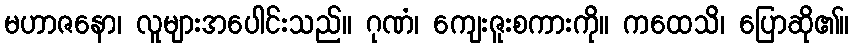
မဟာဇနော၊ လူများအပေါင်းသည်။ ဂုဏံ၊ ကျေးဇူးစကားကို။ ကထေသိ၊ ပြောဆို၏။